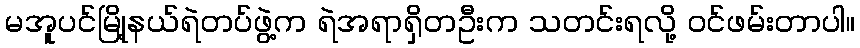
မအူပင်မြို့နယ်ရဲတပ်ဖွဲ့က ရဲအရာရှိတဦးက သတင်းရလို့ ဝင်ဖမ်းတာပါ။